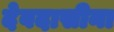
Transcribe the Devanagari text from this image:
देवदासीना